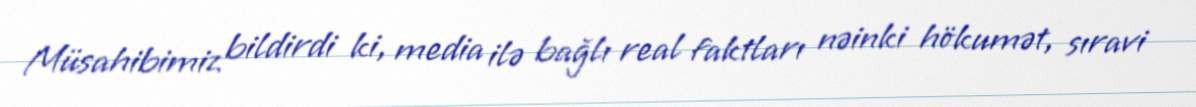
Müsahibimiz bildirdi ki, media ilə bağlı real faktları nəinki hökumət, sıravi